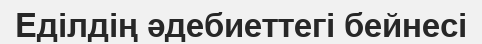
Еділдің әдебиеттегі бейнесі